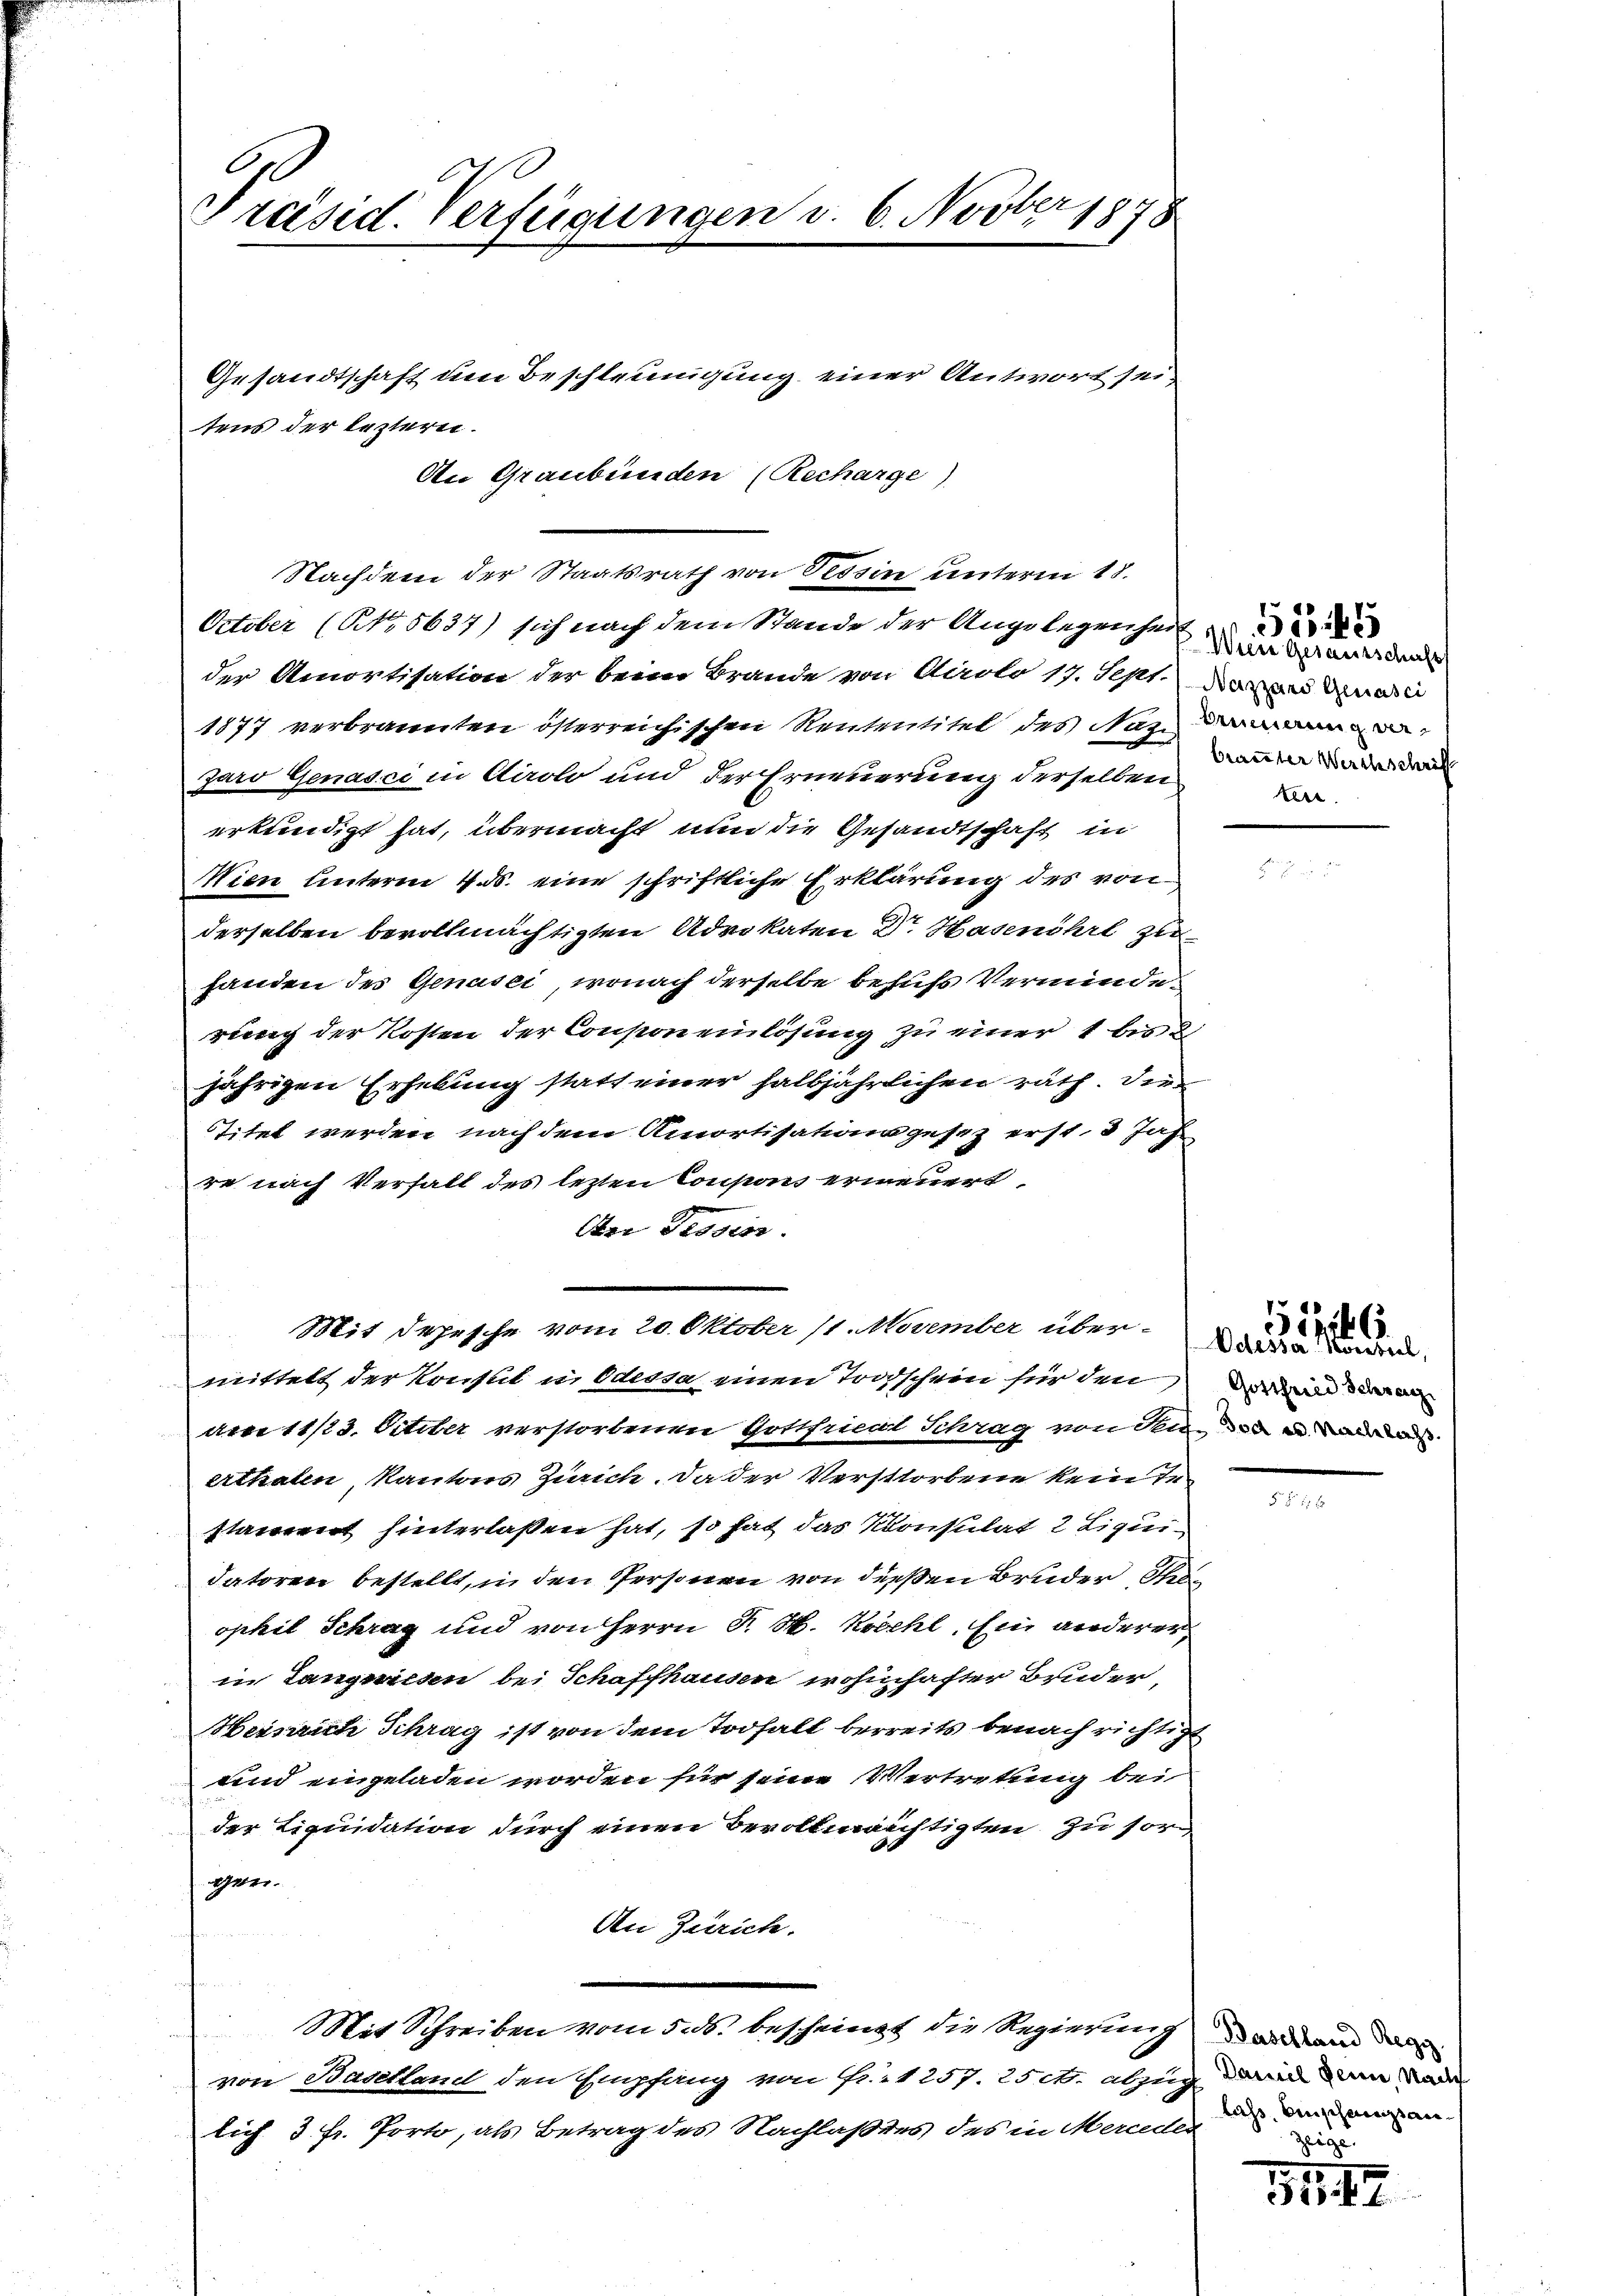
Präsid. Verfügungen v. 6. Novber 1878

Gesandtschaft um Beschleunigung einer Antwort sei

Nachdem der Staatsrath von Tessin unterm 18.
der Amortisation der beim Brande von Adolo 17. Sept. an den au
1877 verbrannten österreichischen Rententitel des Mar
Jaro Genasci in Airolo und der Erneuerung derselben
erkundigt hat, übermacht nun die Gesandtschaft in
Nien unterm 4. ds. eine schriftliche Erklärung des von
derselben bevollmächtigten Advokaten Dr. Hasenihrt zufanden des Genasei, wonach derselbe behufs Verminde-
rung der Kosten der Conson einlösung zu einer 1 bis
jährigen Erhebung statt einer halbjährlichen rath. Die
Titel werden nach dem Amortisationsgesez erst, 3 Jahr
re nach Verfall des lezten Coupons erneuert
Aer Tessin.
Mit Depesche vom 20. Oktober 11. November übermittelt der Konsul in Odessa einen Todschein für den in der an
gee 11/23. October verstorbenen Gottfriedl Schrag von Senn e
erthalen, kantons Zürich. Da der Verstorbene kein Te
stament hinterlaßen hat, so hat das Konsulat 2 Liqui-
datoren bestellt, in den Personen von diesen Bruder Tha
ophil Schrag und von Herrn J. M. Kosehl, Ein anderer
in Langwiesen bei Schaffhausen wohinhafter Bruder,
Heinrich Schrag ist von dem Todfalt bereits benach richtigt
und eingeladen worden für seine Vertretung bei
der Liquidation durch einen Bevollmächtigten zu sorg
gre.
An Zürich.
Mit Schreiben vom 5. ds. bescheint die Regierung an dann da
von Baselland den Empfang von Fr. 1257. 2500. abzug darin den Kade
lich 3 Fr. Porto, als Betrag des Nachlaßens des in Merceder

tens der leztern.

An Graubünden (Recharge)

October (No. 5637) sich nach dem Stande der Angelegenheit

Wien Gesausschaft
branter Werchschriff
ker.

Odesser Vorbeel,

Sizil 6

lass, einschmerzt an¬
Zeige.

3547